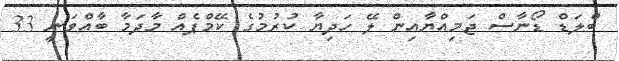
ބްލަޑް ޑޯނާސް ޖަމިއްޔާއިން ލޭ ހަދިޔާ ކުރުމުގެ ކޭމްޕެއް މާދަމާ ބާއްވަނީ 33